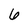
Character: 6